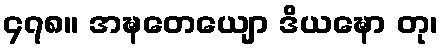
၄၇၈။ အဍ္ဎတေယျော ဒိယဍ္ဎော တု၊